Report on vaccination in the Province of Bengal - 1874-1889
Year: 1874
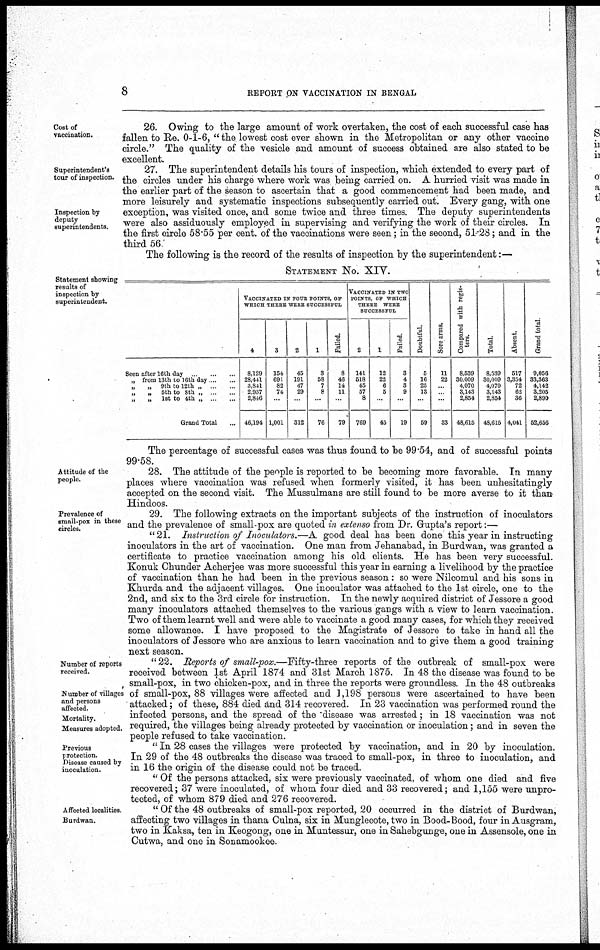
8
REPORT ON VACCINATION IN BENGAL
Cost of
vaccination.
26. Owing to the large amount of work overtaken, the cost of each successful case has
fallen to Re. 0-1-6, " the lowest cost ever shown in the Metropolitan or any other vaccine
circle." The quality of the vesicle and amount of success obtained are also stated to be
excellent.
Superintendent's
tour of inspection.
Inspection by
deputy
superintendents.
27. The superintendent details his tours of inspection, which extended to every part of
the circles under his charge where work was being carried on. A hurried visit was made in
the earlier part of the season to ascertain that a good commencement had been made, and
more leisurely and systematic inspections subsequently carried out. Every gang, with one
exception, was visited once, and some twice and three times. The deputy superintendents
were also assiduously employed in supervising and verifying the work of their circles. In
the first circle 58.55 per cent. of the vaccinations were seen; in the second, 51.28; and in the
third 56.
The following is the record of the results of inspection by the superintendent:—
Statement showing
results of
inspection by
superintendent.
STATEMENT No. XIV.
Seen after 16th day
...
...
„ from 13th to 16th day ... ...
„
„ 9th to 12th „ ... ...
„
„ 5th to 8th „ ...
„
„ 1st to 4th „
...
...
Grand Total ...
VACCINATED IN FOUR POINTS, OF
WHICH THERE WERE SUCCESSFUL
4
8,129
28,441
3,841
2,987
2,846
46,194
3
154
691
82
74
...
1,001
2
45
191
47
29
...
312
1
3
58
7
8
...
76
Failed.
8
46
14
11
...
79
VACCINATED IN TWO
POINTS, OF WHICH
THERE WERE
SUCCESSFUL
2
141
518
45
57
8
769
1
12
22
6
5
...
45
Failed.
3
4
3
9
...
19
Doubtful.
5
16
25
13
...
59
Sore arms.
11
22
...
...
...
33
Compared with regis¬
ters.
8,539
30,009
4,070
3,143
2,854
48,615
Total.
8,539
30,009
4,070
3,143
2,854
48,615
Absent.
517
3,354
72
62
36
4,041
Grand total
9,056
33,363
4,142
3,205
2,890
52,656
The percentage of successful cases was thus found to be 99.54, and of successful points
99.58.
Attitude of the
people.
28. The attitude of the people is reported to be becoming more favorable. In many
places where vaccination was refused when formerly visited, it has been unhesitatingly
accepted on the second visit. The Mussulmans are still found to be more averse to it than
Hindoos.
Prevalence of
small-pox in these
circles.
29. The following extracts on the important subjects of the instruction of inoculators
and the prevalence of small-pox are quoted in extenso from Dr. Gupta's report:—
" 21. Instruction of Inoculators.—A good deal has been done this year in instructing
inoculators in the art of vaccination. One man from Jehanabad, in Burdwan, was granted a
certificate to practice vaccination among his old clients. He has been very successful.
Konuk Chunder Acherjee was more successful this year in earning a livelihood by the practice
of vaccination than he had been in the previous season: so were Nilcomul and his sons in
Khurda and the adjacent villages. One inoculator was attached to the 1st circle, one to the
2nd, and six to the 3rd circle for instruction. In the newly acquired district of Jessore a good
many inoculators attached themselves to the various gangs with a view to learn vaccination.
Two of them learnt well and were able to vaccinate a good many cases, for which they received
some allowance. I have proposed to the Magistrate of Jessore to take in hand all the
inoculators of Jessore who are anxious to learn vaccination and to give them a good training
next season.
Number of reports
received.
Number of villages
and persons
affected.
Mortality.
Measures adopted.
" 22. Reports of small-pox.—Fifty-three reports of the outbreak of small-pox were
received between 1st April 1874 and 31st March 1875. In 48 the disease was found to be
small-pox, in two chicken-pox, and in three the reports were groundless. In the 48 outbreaks
of small-pox, 88 villages were affected and 1,198 persons were ascertained to have been
attacked; of these, 884 died and 314 recovered. In 23 vaccination was performed round the
infected persons, and the spread of the disease was arrested; in 18 vaccination was not
required, the villages being already protected by vaccination or inoculation; and in seven the
people refused to take vaccination.
Previous
protection.
Disease caused by
inoculation.
" In 28 cases the villages were protected by vaccination, and in 20 by inoculation.
In 29 of the 48 outbreaks the disease was traced to small-pox, in three to inoculation, and
in 16 the origin of the disease could not be traced.
" Of the persons attacked, six were previously vaccinated, of whom one died and five
recovered; 37 were inoculated, of whom four died and 33 recovered; and 1,155 were unpro-
tected, of whom 879 died and 276 recovered.
Affected localities.
Burdwan.
" Of the 48 outbreaks of small-pox reported, 20 occurred in the district of Burdwan,
affecting two villages in thana Culna, six in Munglecote, two in Bood-Bood, four in Ausgram,
two in Kaksa, ten in Keogong, one in Muntessur, one in Sahebgunge, one in Assensole, one in
Cutwa, and one in Sonamookee.